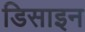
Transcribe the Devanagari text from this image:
डिसाइन